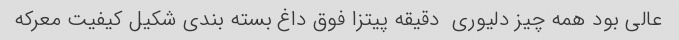
عالی بود همه چیز دلیوری  دقیقه پیتزا فوق داغ بسته بندی شکیل کیفیت معرکه